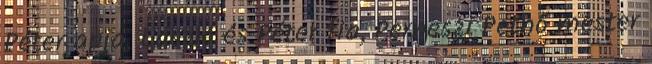
Péter apja, László és Péter fia, Perneszi Pethő mester